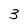
Character: 3